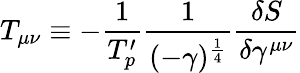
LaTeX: T_{\mu\nu}\equiv-\frac{1}{T_{p}^{\prime}}\frac{1}{(-\gamma)^{\frac{1}{4}}}\frac{\delta S}{\delta\gamma^{\mu\nu}}